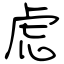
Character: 虎